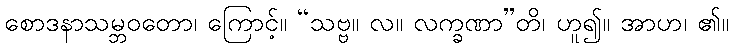
စောဒနာသမ္ဘဝတော၊ ကြောင့်။ “သဗ္ဗ။ လ။ လက္ခဏာ”တိ၊ ဟူ၍။ အာဟ၊ ၏။